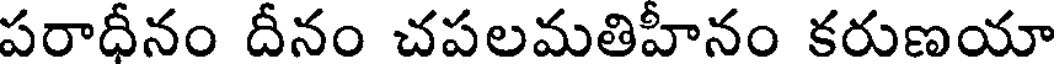
పరాధీనం దీనం చపలమతిహీనం కరుణయా